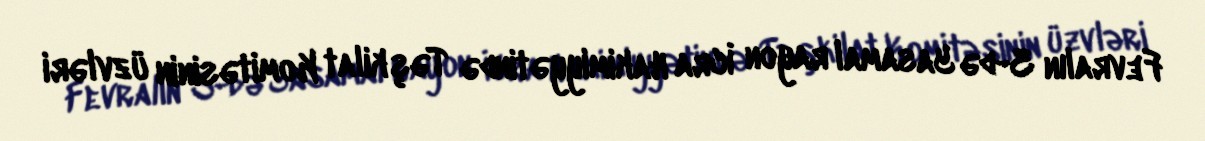
Fevralın 3-də Yasamal rayon İcra Hakimiyyətində Təşkilat Komitəsinin üzvləri